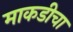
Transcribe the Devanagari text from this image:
माकडीचा